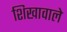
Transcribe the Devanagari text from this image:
शिखावाले